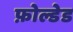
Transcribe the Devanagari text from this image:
फ़ोल्डेड